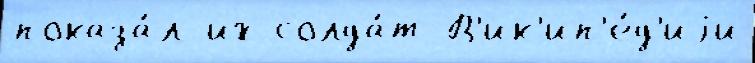
показа́л их солда́т В'ик'ип'е́д'иjи